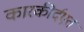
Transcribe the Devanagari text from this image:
कारकीर्दएत